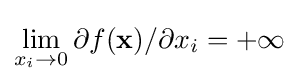
\lim _{x_{i}\to 0}\partial f(\mathbf {x} )/\partial x_{i}=+\infty